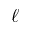
\ell